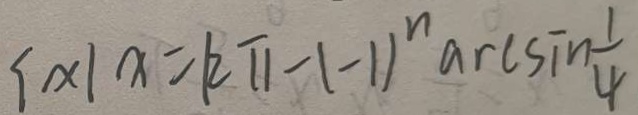
\{ x \vert x = k \pi - 1 - 1 ) ^ { n } \arcsin \frac { 1 } { \psi }